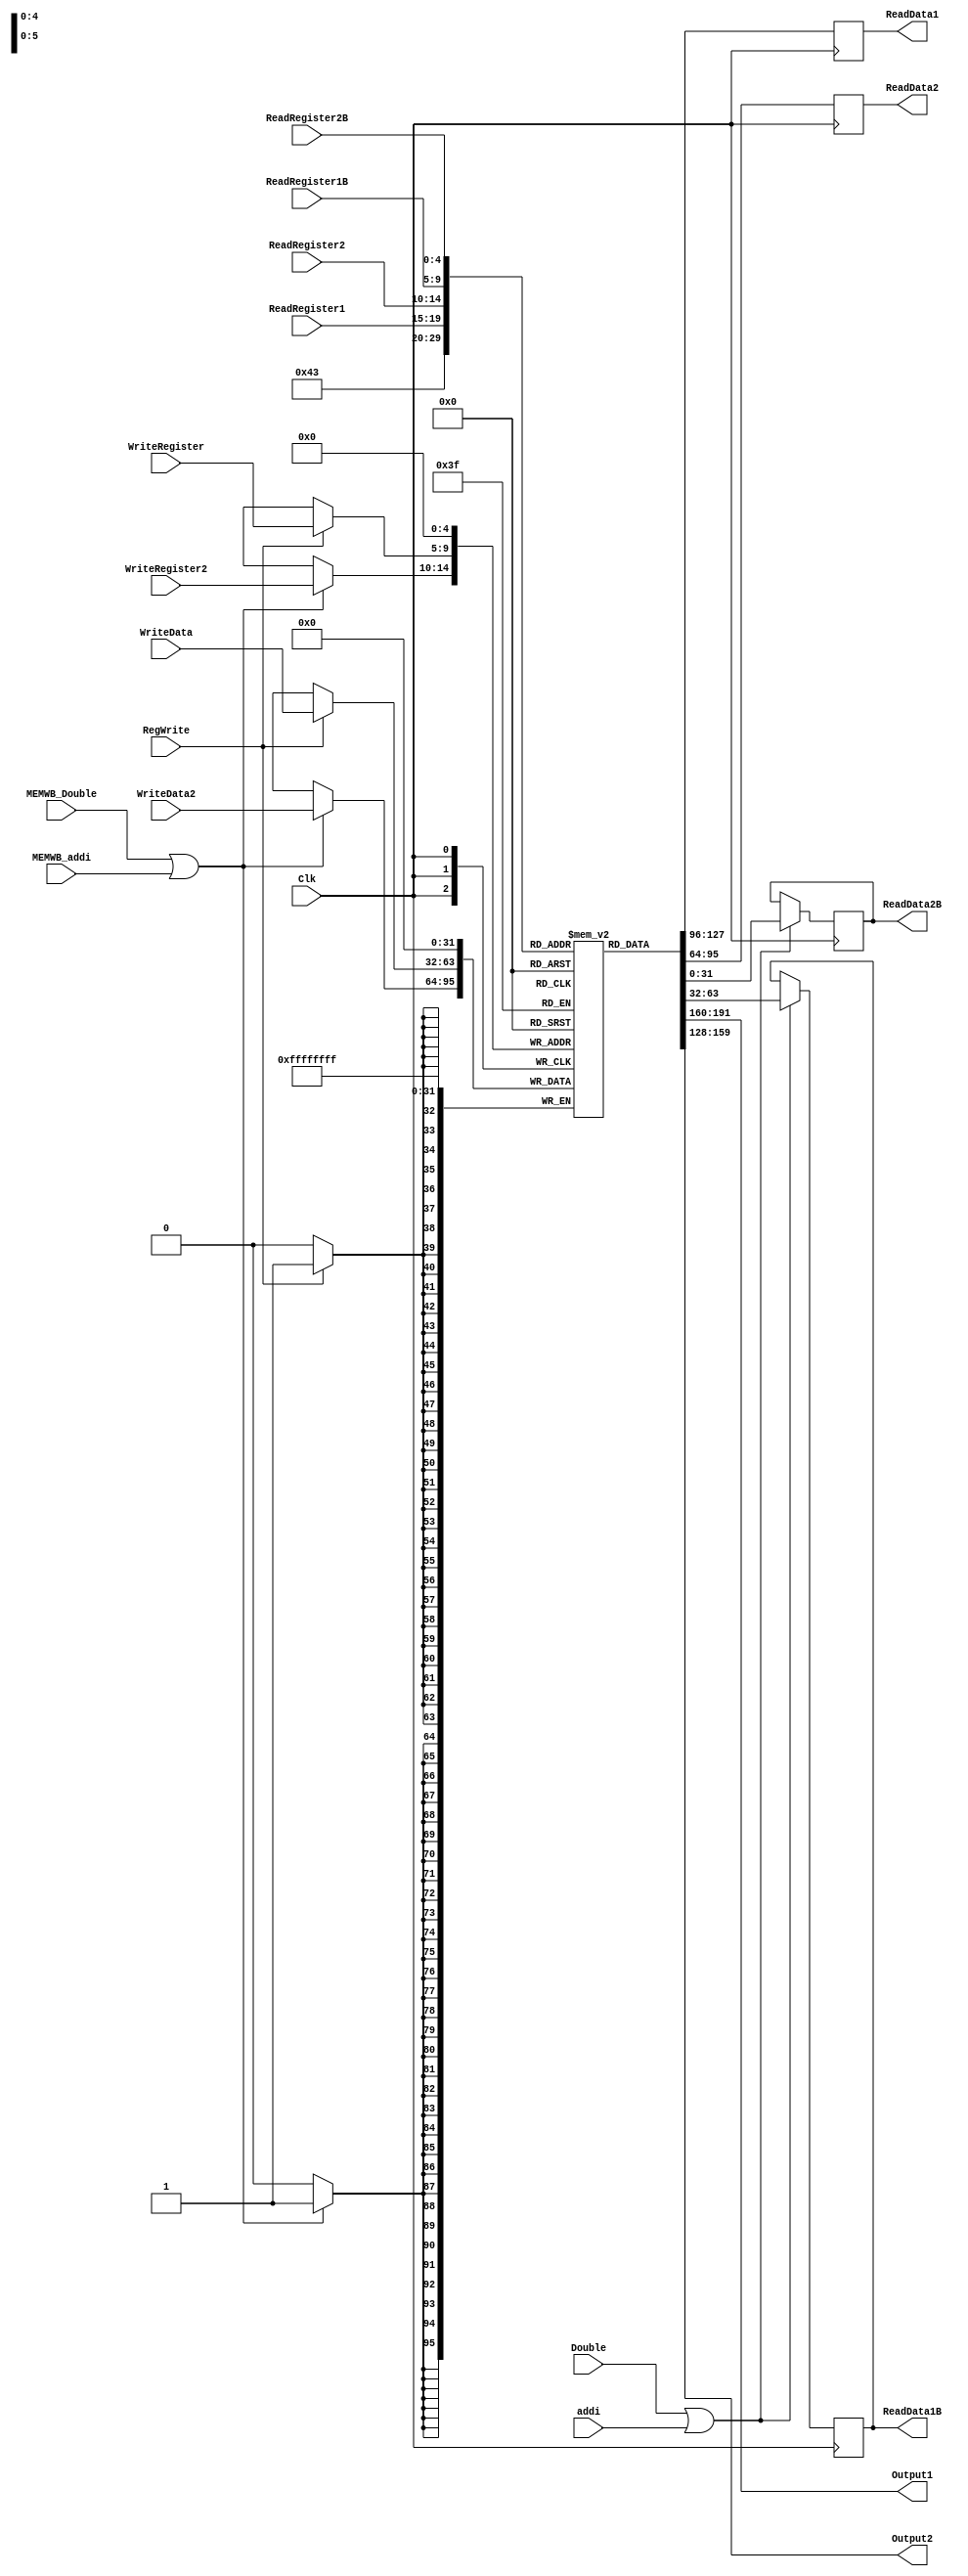
`timescale 1ns / 1ps
////////////////////////////////////////////////////////////////////////////////
// ECE369 - Computer Architecture
// Laboratory 2
//
//
// Student(s) Name and Last Name: Anthony Giang, Wesley Folz
//
//
// Module - register_file.v
// Description - Implements a register file with 32 32-Bit wide registers.
//
// 
//////////////////////////////////////////////////////////////////////////////////
module RegisterFile(
	input [4:0] ReadRegister1,
	input [4:0] ReadRegister2,
	input [4:0] WriteRegister,
	input [31:0] WriteData, 
	input RegWrite, 
	input Clk, 
	output reg [31:0] ReadData1, 
	output reg [31:0] ReadData2,
	output [31:0] Output1,
	output [31:0] Output2,
	input [4:0] ReadRegister1B,
	input [4:0] ReadRegister2B,
	input [4:0] WriteRegister2,
	input [31:0] WriteData2,
	input Double,
	input MEMWB_Double,
	output reg [31:0] ReadData1B,
	output reg [31:0] ReadData2B,
	input addi,
	input MEMWB_addi
		);
	
	reg[31:0] regfile[0:31];
	
	
	assign Output1 = regfile[2];
	assign Output2 = regfile[3];
	
	always@(posedge Clk) begin
		regfile[00000] <= 0; //zero register

		if(RegWrite == 1)begin
			regfile[WriteRegister] <= WriteData;
		end
	
		if(MEMWB_Double == 1 || MEMWB_addi == 1)begin
			regfile[WriteRegister2] <= WriteData2;
		end
	
	
	end

	always@(negedge Clk) begin
		 ReadData1 <= regfile[ReadRegister1];
		 ReadData2 <= regfile[ReadRegister2];
		 
		 if(Double==1 || addi == 1) begin
			 ReadData1B <= regfile[ReadRegister1B];
			 ReadData2B <= regfile[ReadRegister2B];
			 
		 end
		 
		 
	end



	


endmodule